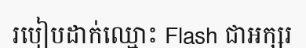
របៀបដាក់ឈ្មោះ Flash ជាអក្សរ